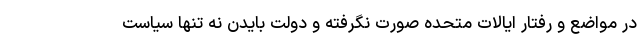
در مواضع و رفتار ایالات متحده صورت نگرفته و دولت بایدن نه تنها سیاست